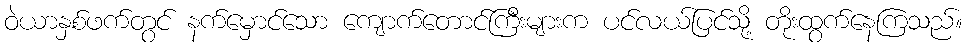
ဝဲယာနှစ်ဖက်တွင် နက်မှောင်သော ကျောက်တောင်ကြီးများက ပင်လယ်ပြင်သို့ တိုးထွက်နေကြသည်။